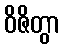
ဝိဇိတွာ